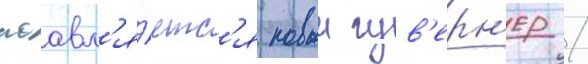
поавл'я́етс'я новыи гув'ерн'ер /